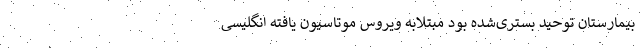
بیمارستان توحید بستری‌شده بود مبتلابه ویروس موتاسیون یافته انگلیسی